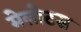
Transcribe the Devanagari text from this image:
मेलोटस